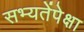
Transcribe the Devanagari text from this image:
सभ्यतेंपेक्षा